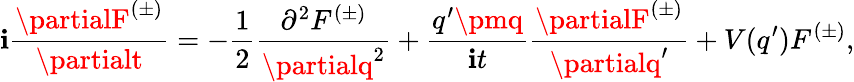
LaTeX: \mathbf{i}\frac{{\partialF^{(\pm)}}}{{\partialt}}=-\frac{{1}}{{2}}\frac{{\partial^{2}F^{(\pm)}}}{{\partialq^{2}}}+\frac{{q^{\prime}\pmq}}{{\mathbf{i}t}}\frac{{\partialF^{(\pm)}}}{{\partialq^{\prime}}}+V(q^{\prime})F^{(\pm)},